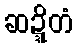
ဆဍ္ဍိတံ